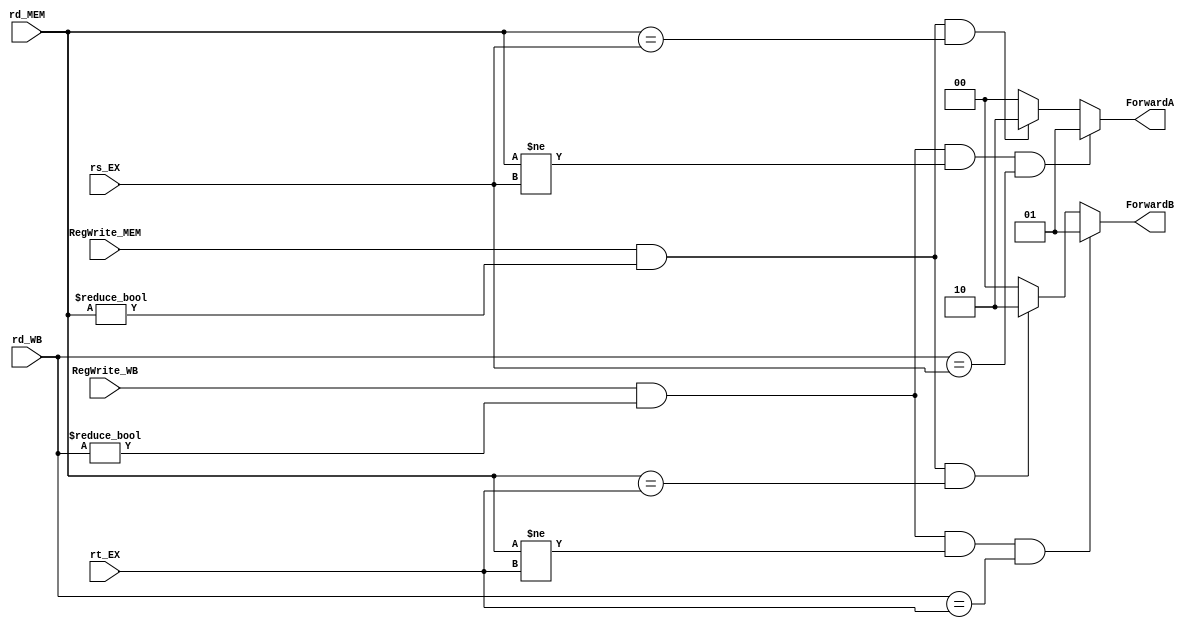
/******************************************************************
* Description
*	This is the forwarding unit for pipeline.
******************************************************************/
module Forwarding_Unit 
(
  input RegWrite_MEM,
  input RegWrite_WB,
  input [4:0] rs_EX,
  input [4:0] rt_EX,
  input [4:0] rd_MEM,
  input [4:0] rd_WB,
  
  output reg [1:0] ForwardA,
  output reg [1:0] ForwardB
);

//1a. EX/MEM.RegisterRd = ID/EX.RegisterRs
//1b. EX/MEM.RegisterRd = ID/EX.RegisterRt
//2a. MEM/WB.RegisterRd = ID/EX.RegisterRs
//2b. MEM/WB.RegisterRd = ID/EX.RegisterRt

  always @(*)
  begin
    ForwardA <= 2'b00;
    ForwardB <= 2'b00;
    if(RegWrite_MEM && (rd_MEM != 0) && (rd_MEM == rs_EX))
    begin
      ForwardA <= 2'b10;
    end
    if(RegWrite_MEM && (rd_MEM != 0) && (rd_MEM == rt_EX))
    begin
      ForwardB <= 2'b10;
    end
    if(RegWrite_WB && (rd_WB != 0) && (rd_MEM != rs_EX) && (rd_WB == rs_EX)) 
    begin
      ForwardA <= 2'b01;
    end
    if(RegWrite_WB && (rd_WB != 0) && (rd_MEM != rt_EX) && (rd_WB == rt_EX))
    begin
      ForwardB <= 2'b01;
    end
  end
  
endmodule